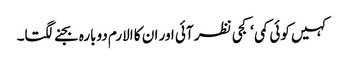
کہیں کوئی کمی ‘کجی نظر آئی اور ان کا الارم دوبارہ بجنے لگتا۔